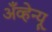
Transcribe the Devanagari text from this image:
अँव्हेन्यू